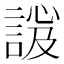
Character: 𧩇